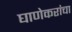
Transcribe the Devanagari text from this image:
घाणेकरांचा